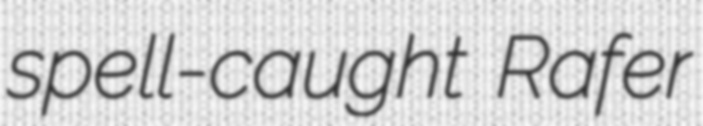
spell-caught Rafer